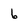
Character: 6